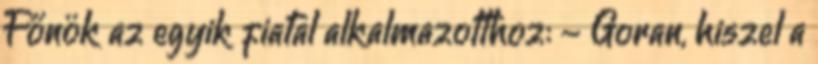
Főnök az egyik fiatal alkalmazotthoz: - Goran, hiszel a